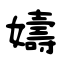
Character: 嬦